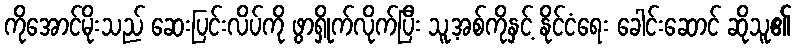
ကိုအောင်မိုးသည် ဆေးပြင်းလိပ်ကို ဖွာရှိုက်လိုက်ပြီး သူ့အစ်ကိုနှင့် နိုင်ငံရေး ခေါင်းဆောင် ဆိုသူ၏